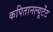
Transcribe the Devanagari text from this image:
कपितानल्यूटेंट